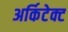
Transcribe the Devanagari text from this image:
अर्किटेक्ट